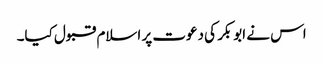
اس نے ابوبکر کی دعوت پر اسلام قبول کیا۔